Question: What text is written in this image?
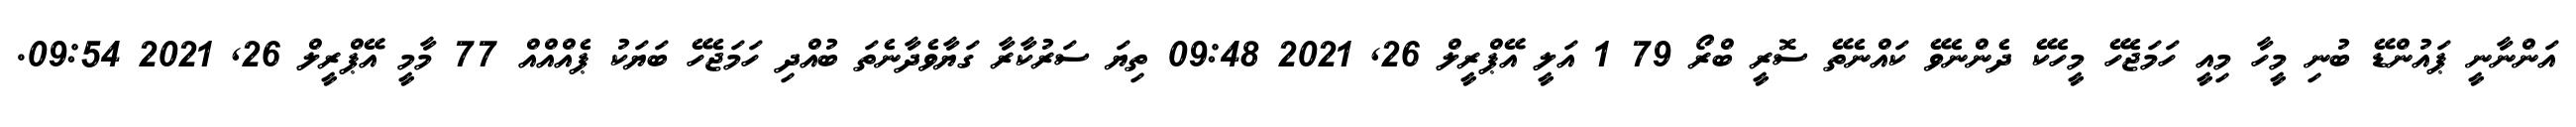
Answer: އަންނާނީ ޕައުންޑޭ ބުނި މީހާ މިއީ ހަމަޖެހޭ މީހެކޭ ދެންނެވޭ ކައްނެތޭ ސޮރީ ބްރޯ 79 1 އަލީ އޭޕްރީލް 26, 2021 09:48 ތިޔަ ސަރުކާރާ ގަޔާވެދާނެތަ ބުއްދި ހަމަޖެހޭ ބަޔަކު ޕެއްއްއް 77 މާމީ އޭޕްރީލް 26, 2021 09:54.